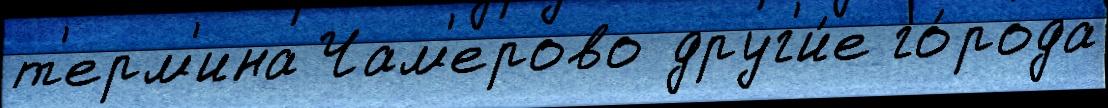
т'ерм'ина Чам'ерово друг'и́е го́рода